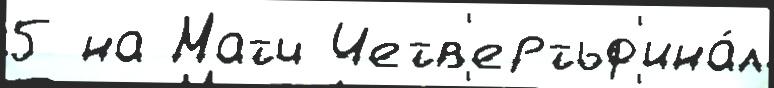
5 на Матч Четв'ертьф'ина́л